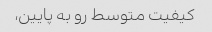
کیفیت متوسط رو به پایین،